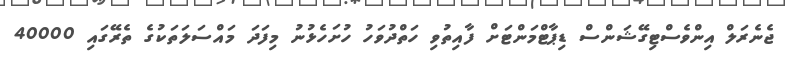
ޖެނެރަލް އިންވެސްޓިގޭޝަންސް ޑިޕާޓްމަންޓަށް ފާއިތުވި ހަތްދުވަހު ހުށަހެޅުނު މިފަދަ މައްސަލަތަކުގެ ތެރޭގައި 40000